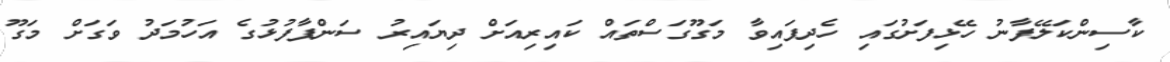
ކާސިންކަލޭފާނު ހޭޅިފަށުގައި ހެދިފައިވާ މަގޫގަސްތައް ކައިރިއަށް ދިޔައިރު ސަންޕާފުޅުގެ އަހުމަދު ވަގަށް މަގޫ